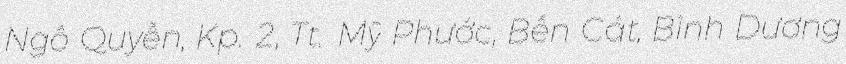
Ngô Quyền, Kp. 2, Tt. Mỹ Phước, Bến Cát, Bình Dương